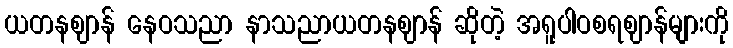
ယတနဈာန် နေဝသညာ နာသညာယတနဈာန် ဆိုတဲ့ အရူပါဝစရဈာန်များကို